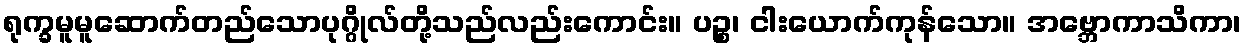
ရုက္ခမူမူဆောက်တည်သောပုဂ္ဂိုလ်တို့သည်လည်းကောင်း။ ပဉ္စ၊ ငါးယောက်ကုန်သော။ အဗ္ဘောကာသိကာ၊